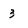
Character: 3